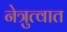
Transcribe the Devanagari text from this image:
नेत्रुत्वात